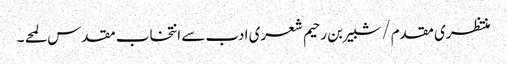
منتظری مقدم/شبیر بن رحیم شعری ادب سے انتخاب مقدس لمحے ۔